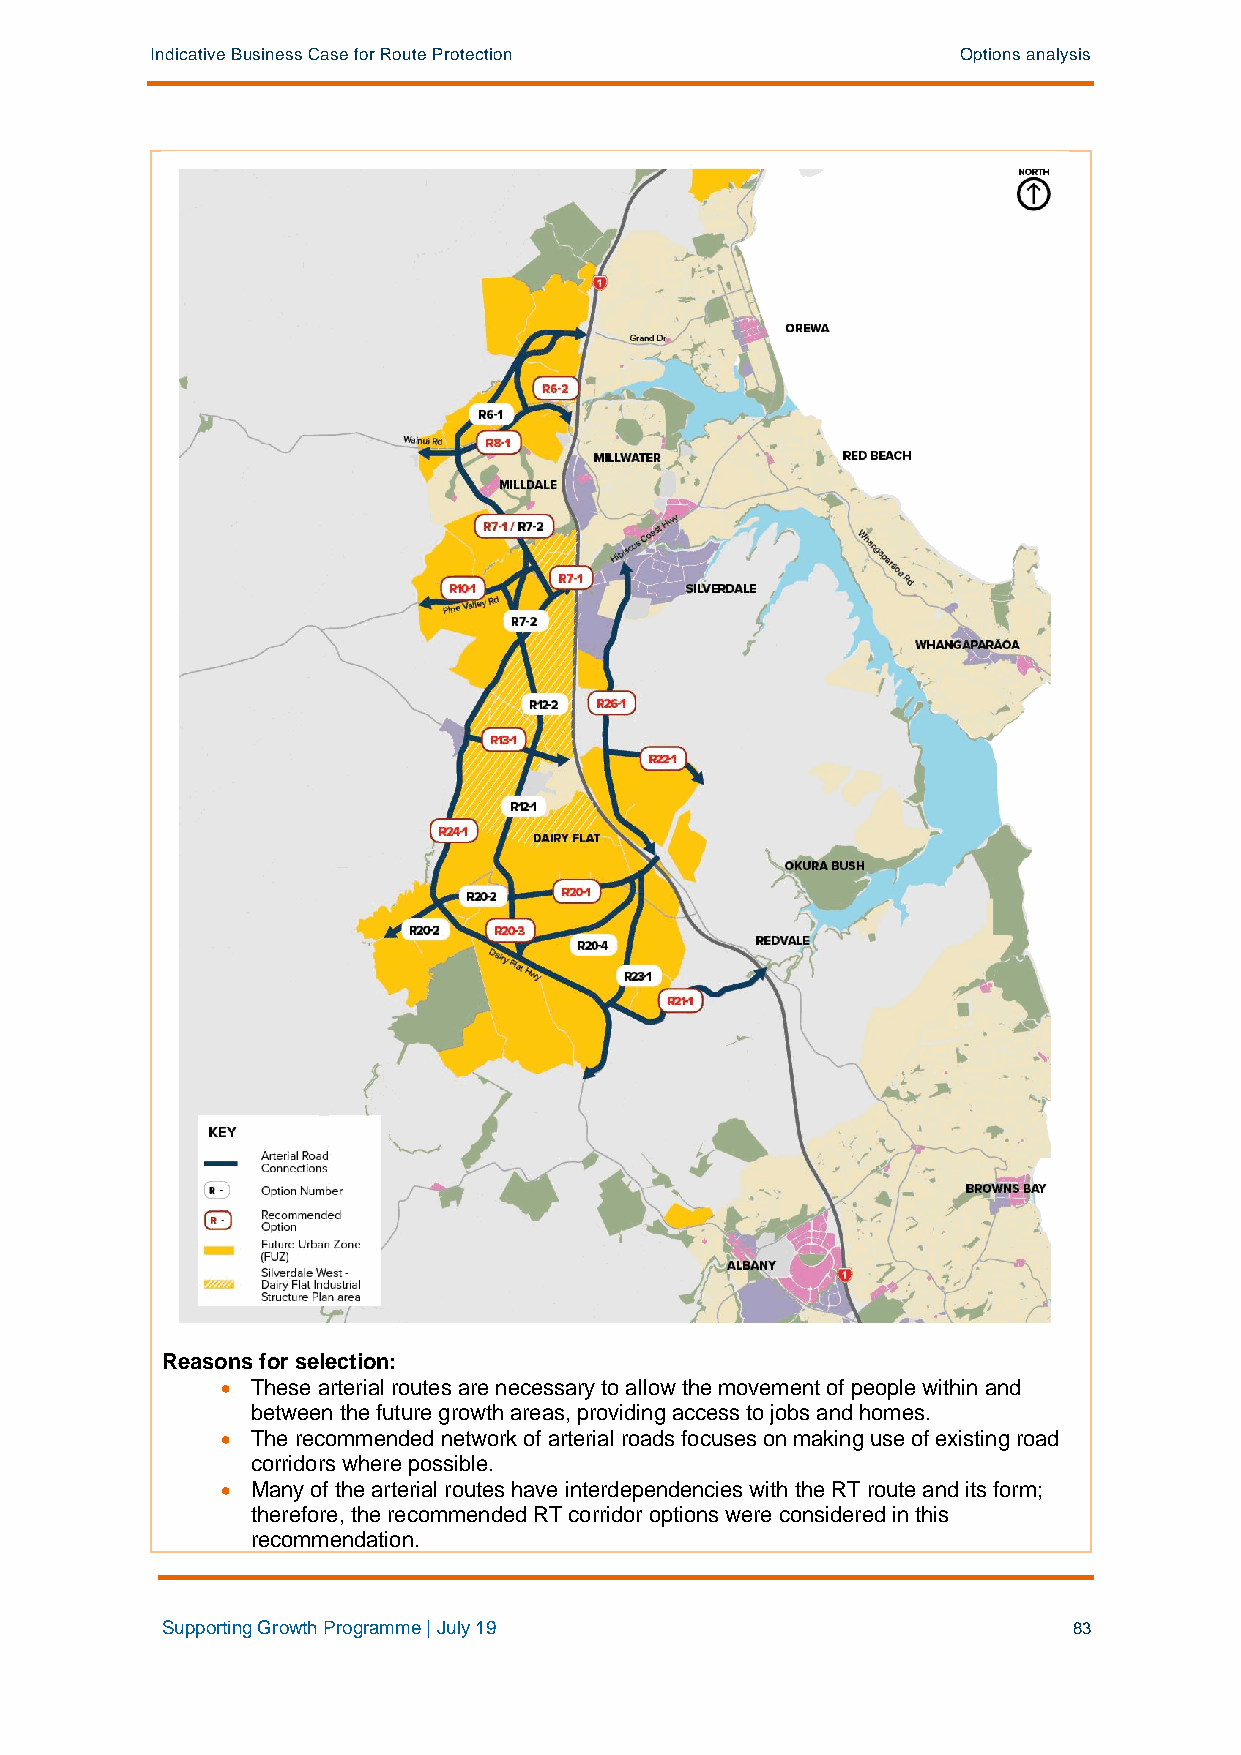
Indicative Business Case for Route Protection         Options analysis
 Reasons for selection:
 • These arterial routes are necessary to allow the movement of people within and
 between the future growth areas, providing access to jobs and homes.
 • The recommended network of arterial roads focuses on making use of existing road
 corridors where possible.
 • Many of the arterial routes have interdependencies with the RT route and its form;
 therefore, the recommended RT corridor options were considered in this
 recommendation.
 Supporting Growth Programme | July 19                       83